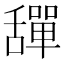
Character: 𦧴